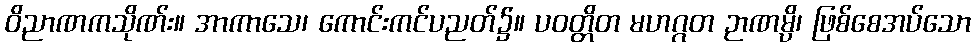
ဝိညာဏကသိုဏ်း။ အာကာသေ၊ ကောင်းကင်ပညတ်၌။ ပဝတ္တိတ မဟဂ္ဂတ ဉာဏမ္ပိ၊ ဖြစ်စေအပ်သော